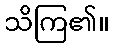
သိကြ၏။